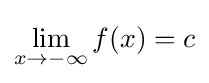
\lim _{x\rightarrow -\infty }f(x)=c